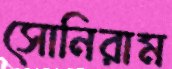
সোনিরাম